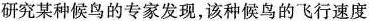
研究某种候鸟的专家发现，该种候鸟的飞行速度